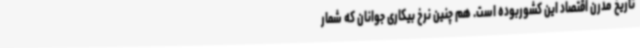
تاریخ مدرن اقتصاد این کشوربوده است. هم چنین نرخ بیکاری جوانان که شمار